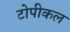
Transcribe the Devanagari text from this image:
टोपीकल